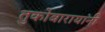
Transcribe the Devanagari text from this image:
तुकोबारायानी